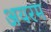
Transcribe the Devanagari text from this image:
अयरम